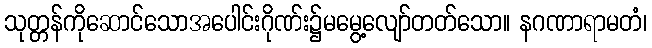
သုတ္တန်ကိုဆောင်သောအပေါင်းဂိုဏ်း၌မမွေ့လျော်တတ်သော။ နဂဏာရာမတံ၊